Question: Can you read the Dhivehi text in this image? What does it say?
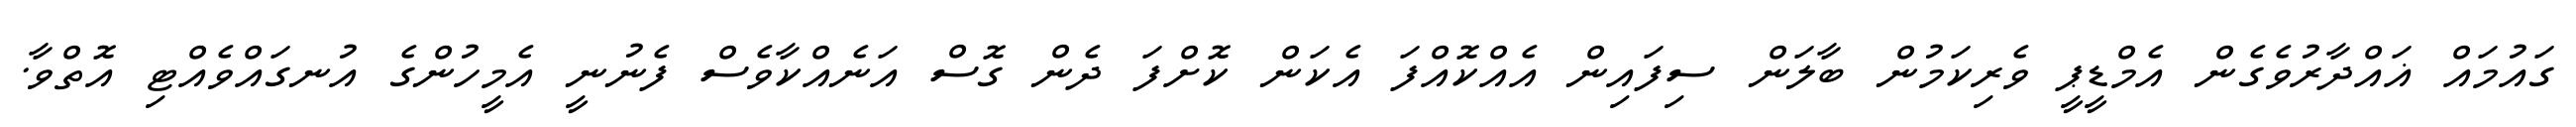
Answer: ގައުމައް ޣައްދާރުވެގެން އެމްޑީޕީ ވެރިކަމުން ބާލަން ސިފައިން އެއްކޮއްފަ އެކަން ކޮށްފަ ދެން ގޮސް އަނެއްކާވެސް ފެނުނީ އެމީހުންގެ އުނގައްވެއްޓި އޮތްވާ.